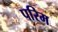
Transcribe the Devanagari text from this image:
परिम